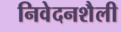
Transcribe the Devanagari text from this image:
निवेदनशैली